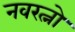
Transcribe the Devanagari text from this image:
नवरत्नो